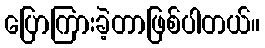
ပြောကြားခဲ့တာဖြစ်ပါတယ်။